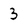
Character: 3